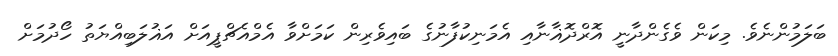
ބަލަމުންނެވެ. މިކަން ވެގެންދާނީ އޮރްދޮޣާނާއި އެމަނިކުފާނުގެ ބައިވެރިން ކަމަށްވާ އެމްއެޗްޕީއަށް އަޣުލަބިއްޔަތު ހޯދުމަށް